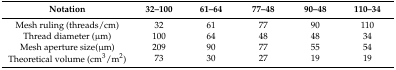
| Notation | 32–100 | 61–64 | 77–48 | 90–48 | 110–34 |
 | --- | --- | --- | --- | --- | --- |
 | Mesh ruling (threads/cm) | 32 | 61 | 77 | 90 | 110 |
 | Thread diameter (μm) | 100 | 64 | 48 | 48 | 34 |
 | Mesh aperture size(μm) | 209 | 90 | 77 | 55 | 54 |
 | Theoretical volume (cm3/m2) | 73 | 30 | 27 | 19 | 19 |